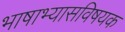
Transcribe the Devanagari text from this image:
भाषाभ्यासविषयक